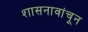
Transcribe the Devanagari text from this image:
शासनावांचून